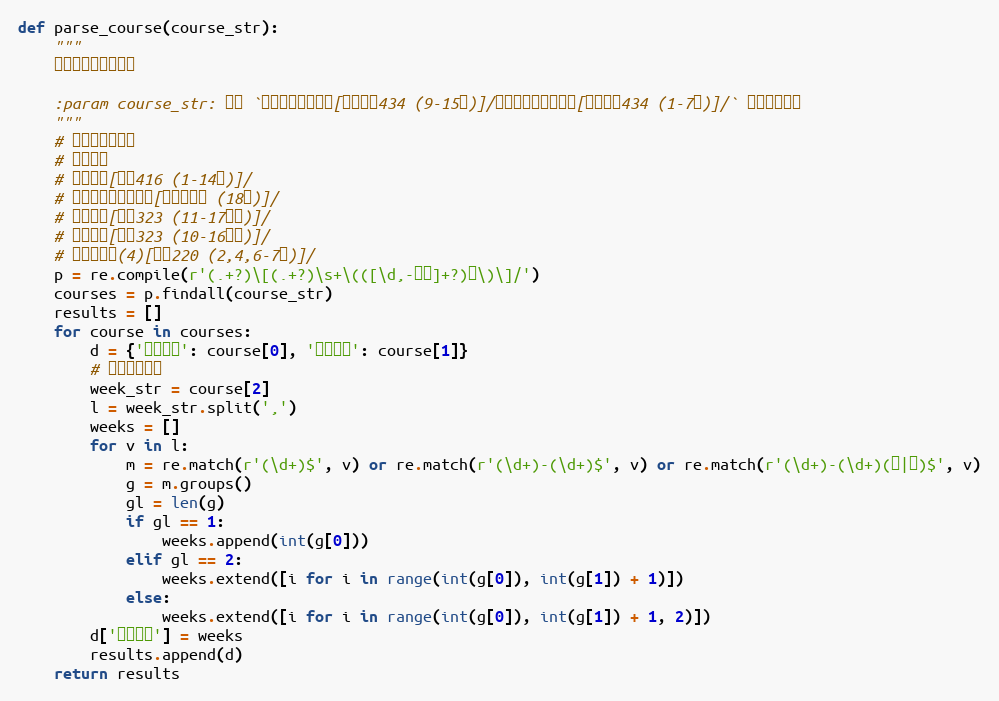
Language: Python
def parse_course(course_str):
    """
    解析课程表里的课程

    :param course_str: 形如 `单片机原理及应用[新安学堂434 (9-15周)]/数字图像处理及应用[新安学堂434 (1-7周)]/` 的课程表数据
    """
    # 解析课程单元格
    # 所有情况
    # 机械原理[一教416 (1-14周)]/
    # 程序与算法综合设计[不占用教室 (18周)]/
    # 财务管理[一教323 (11-17单周)]/
    # 财务管理[一教323 (10-16双周)]/
    # 形势与政策(4)[一教220 (2,4,6-7周)]/
    p = re.compile(r'(.+?)\[(.+?)\s+\(([\d,-单双]+?)周\)\]/')
    courses = p.findall(course_str)
    results = []
    for course in courses:
        d = {'课程名称': course[0], '课程地点': course[1]}
        # 解析上课周数
        week_str = course[2]
        l = week_str.split(',')
        weeks = []
        for v in l:
            m = re.match(r'(\d+)$', v) or re.match(r'(\d+)-(\d+)$', v) or re.match(r'(\d+)-(\d+)(单|双)$', v)
            g = m.groups()
            gl = len(g)
            if gl == 1:
                weeks.append(int(g[0]))
            elif gl == 2:
                weeks.extend([i for i in range(int(g[0]), int(g[1]) + 1)])
            else:
                weeks.extend([i for i in range(int(g[0]), int(g[1]) + 1, 2)])
        d['上课周数'] = weeks
        results.append(d)
    return results